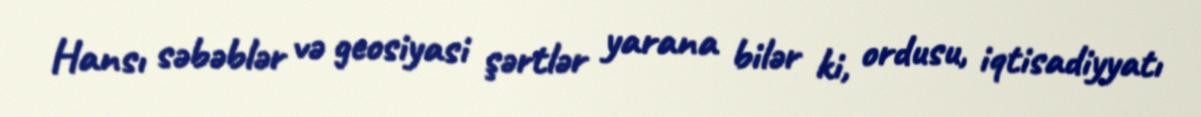
Hansı səbəblər və geosiyasi şərtlər yarana bilər ki, ordusu, iqtisadiyyatı